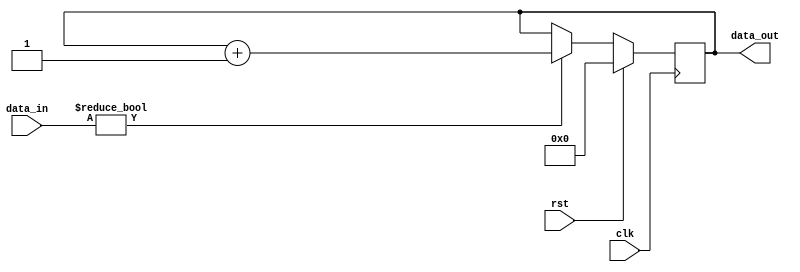
module sequential_logic (
    input wire clk,           // Clock input
    input wire rst,           // Synchronous reset input
    input wire [3:0] data_in, // 4-bit data input
    output reg [3:0] data_out // 4-bit data output
);

    always @ (posedge clk) begin
        if (rst) begin
            // Asynchronous reset
            data_out <= 4'b0000; // Reset data_out to 0
        end else begin
            // State update
            // Example conditional logic: increment data_out if data_in is non-zero
            if (data_in != 4'b0000) begin
                data_out <= data_out + 1; // Increment data_out
            end else begin
                data_out <= data_out; // Maintain current value
            end
        end
    end

endmodule